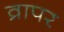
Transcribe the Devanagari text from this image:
व्रापर